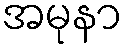
အမုနာ